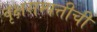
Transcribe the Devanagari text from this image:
वृक्षसम्पत्तीची